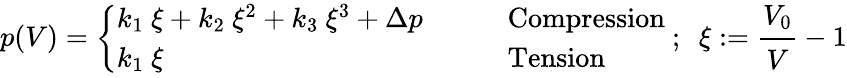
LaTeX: p(V)={\left\{ \begin{array}{ll}{k_{1}~\xi+k_{2}~\xi^{2}+k_{3}~\xi^{3}+\Delta p}&{\qquad{\mathrm{Compression}}}\\ {k_{1}~\xi}&{\qquad{\mathrm{Tension}}}\end{array}\right.}~;~~\xi:={\cfrac{V_{0}}{V}}-1